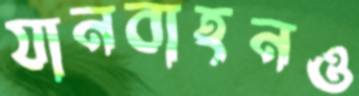
যানবাহনও